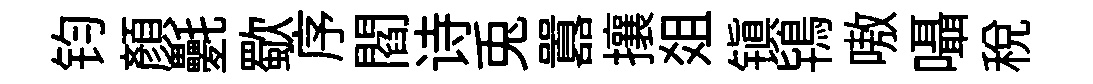
钧顔氎歜序閻诗兎囂攘爼镇鴇嗷囁稅